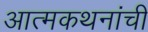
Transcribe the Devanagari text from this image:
आत्मकथनांची